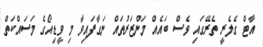
އާޓް ގެލެރީ ތެރޭގައި ވެސް ބައެއް މަންޒަރުތައް ނަގާފައިވާ މި ވީޑިއޯގެ މަސައްކަތް